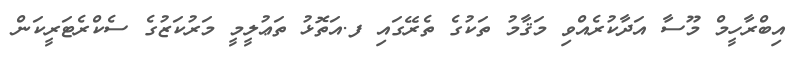
އިބްރާހީމް މޫސާ އަދާކުރެއްވި މަޤާމު ތަކުގެ ތެރޭގައި ފ.އަތޮޅު ތަޢުލީމީ މަރުކަޒުގެ ސެކްރެޓަރީކަން